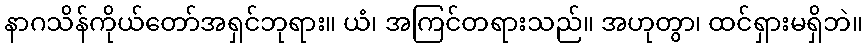
နာဂသိန်ကိုယ်တော်အရှင်ဘုရား။ ယံ၊ အကြင်တရားသည်။ အဟုတွာ၊ ထင်ရှားမရှိဘဲ။